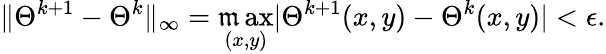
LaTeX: \| \Theta^{k+1}-\Theta^{k}\| _{\infty}=\operatorname*{\mathfrak{m}ax}_{(x,y)}|\Theta^{k+1}(x,y)-\Theta^{k}(x,y)|<\epsilon.